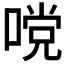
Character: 𭉧